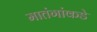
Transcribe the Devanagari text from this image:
मातंगांकडे